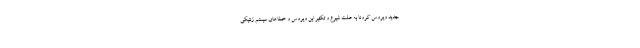
جدید ویروس کرونا به علت شیوع و تکثیر این ویروس و خطاهای سیستم ژنتیکی